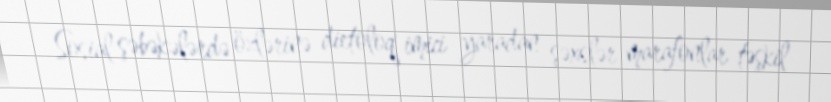
Sosial şəbəkələrdə özlərinə dietoloq imici yaradan şəxslər marafonlar təşkil